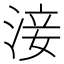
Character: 淁